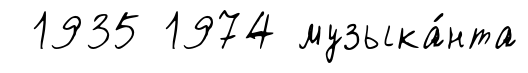
1935 1974 музыка́нта